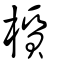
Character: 櫍